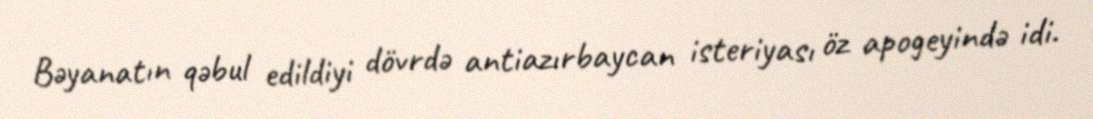
Bəyanatın qəbul edildiyi dövrdə antiazırbaycan isteriyası öz apogeyində idi.